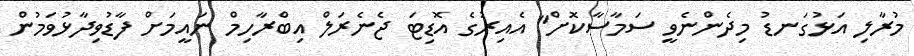
މުރާލި އަޅުގަނޑު މިދެންނެވީ ސަމާސާކޮށް" އެއިރުގެ އޮޑިޓަ ޖެނެރަލް އިބްރާހިމް ނައީމަށް ފާޑުވިދާޅުވަމުން